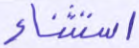
استثناء